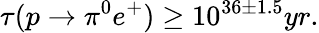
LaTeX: \tau(p\to\pi^{0}e^{+})\geq 10^{36\pm 1.5}yr.